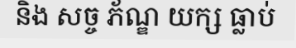
និង សច្ច ភ័ណ្ឌ យក្ស ធ្លាប់